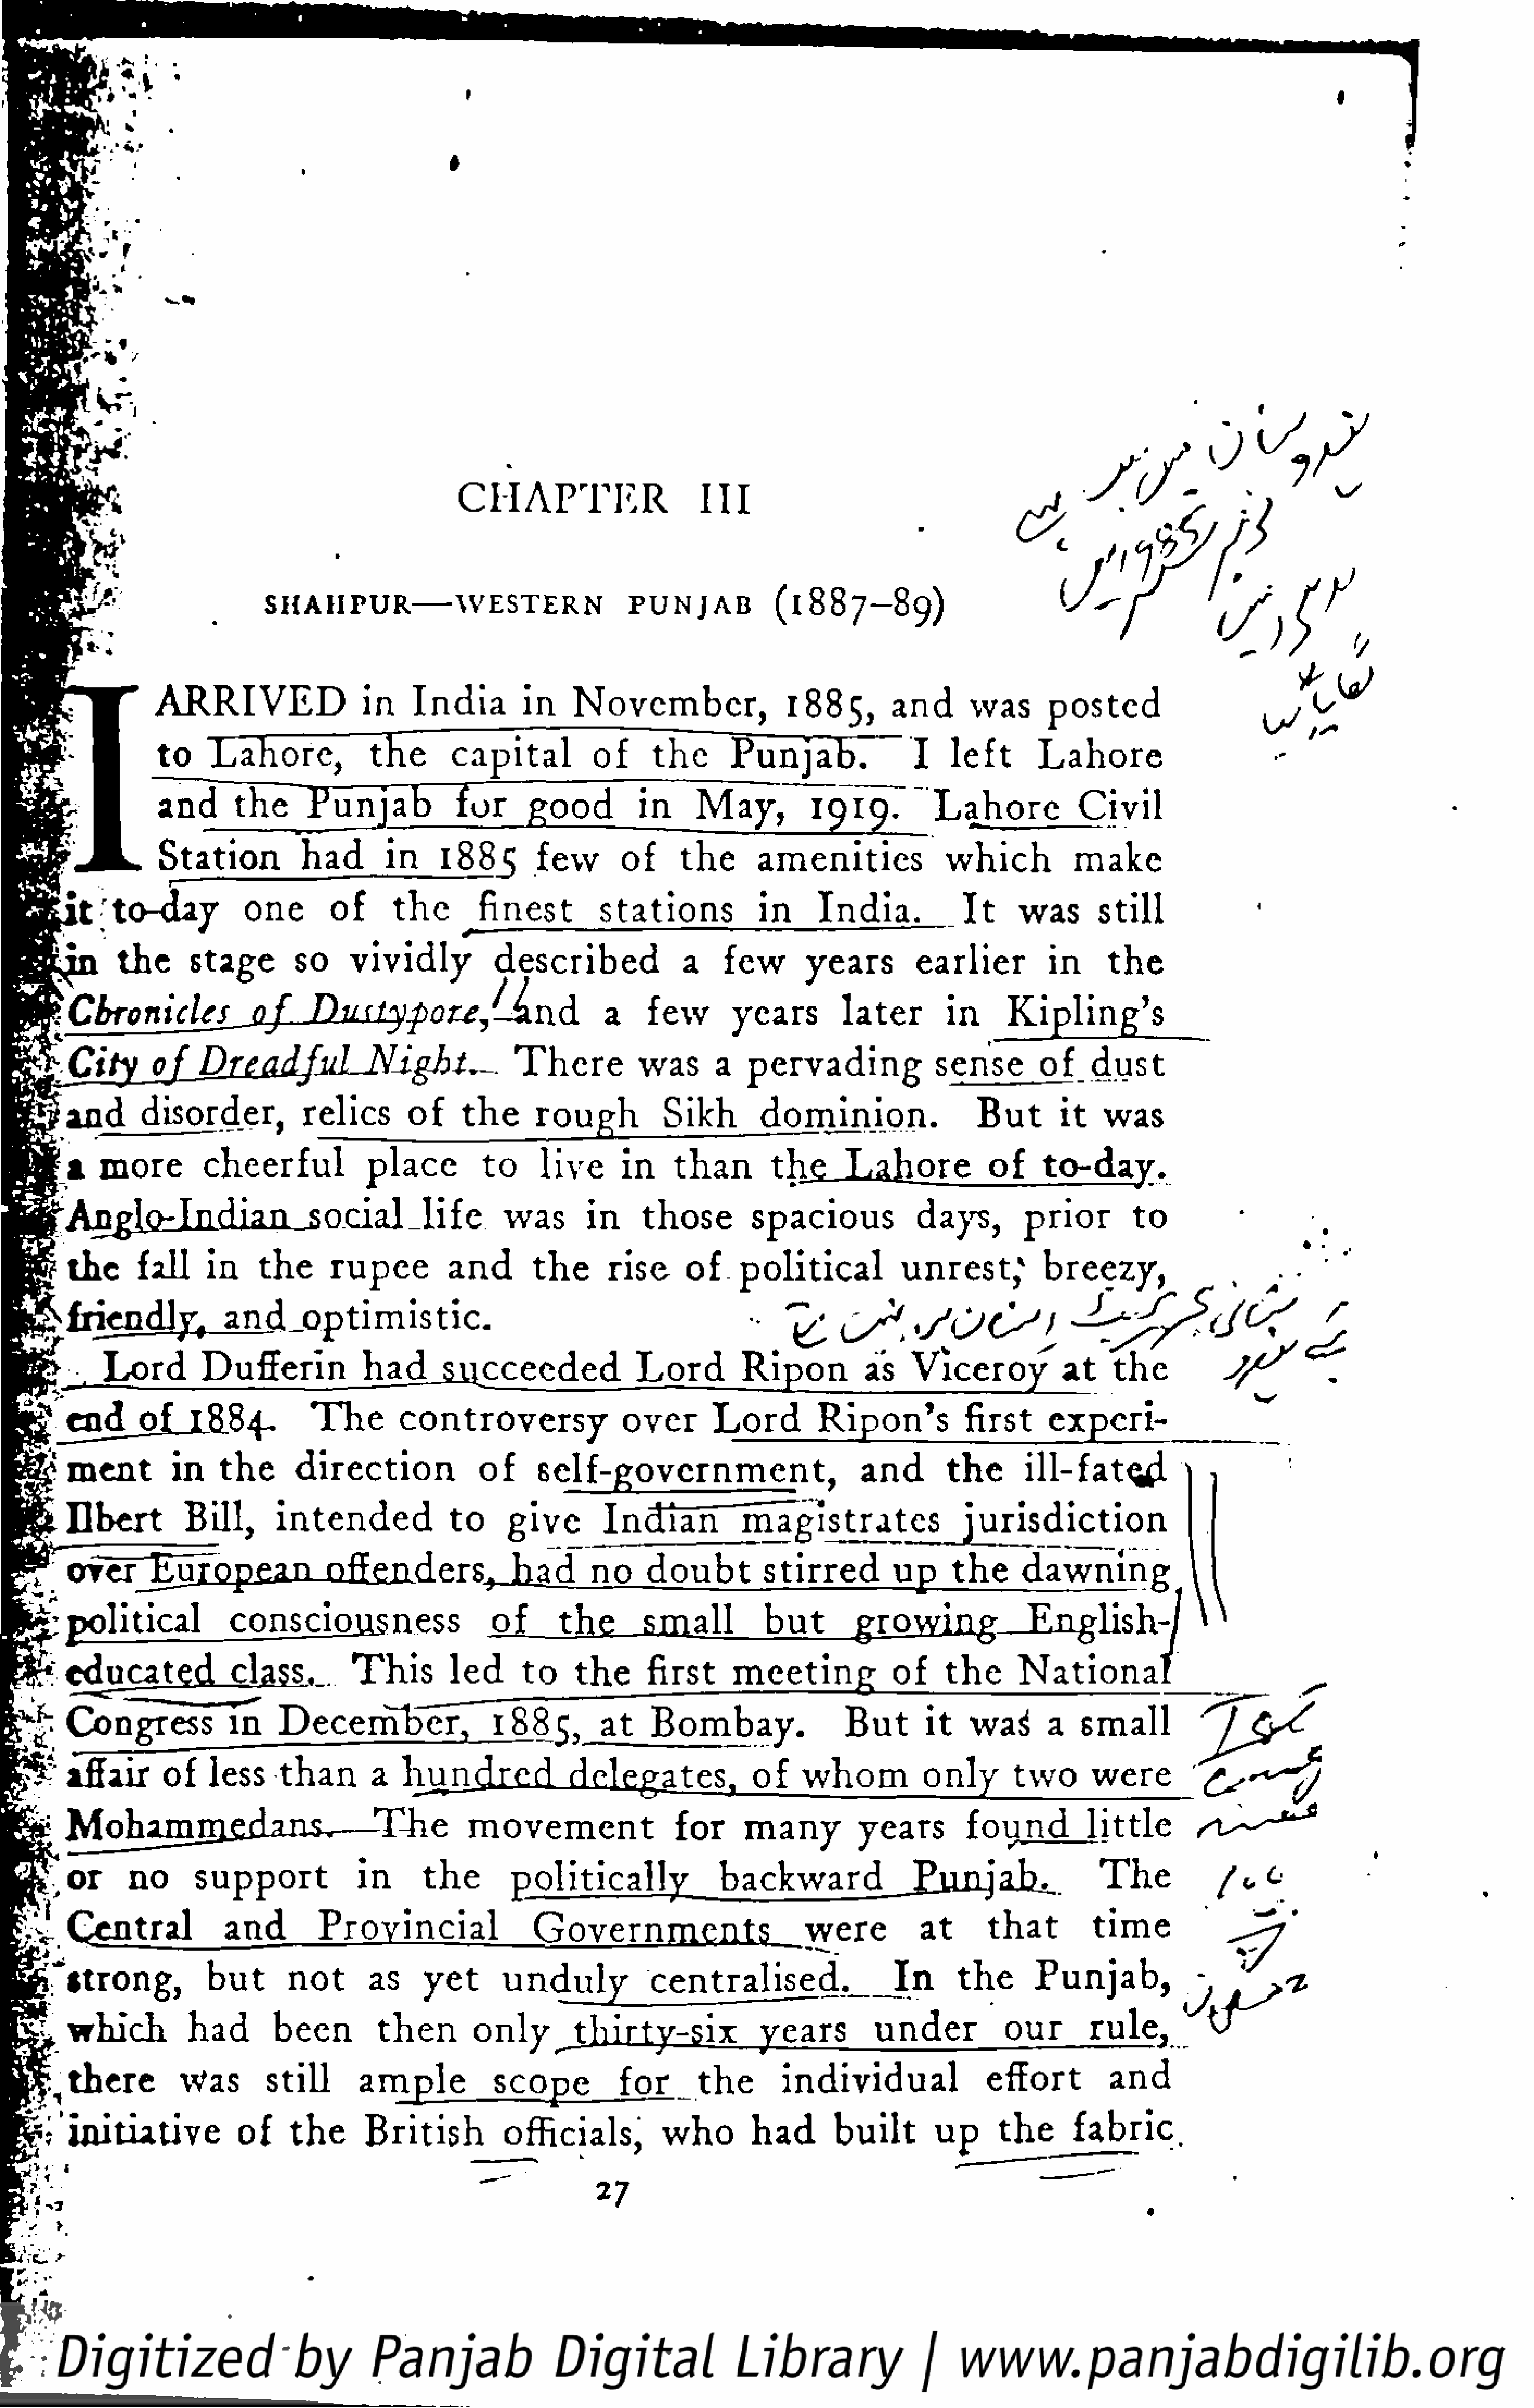
WESTERN               PUNJAB             ( 1 8  8  7 - 8  9)
 ARRIVED                  in     India        in     November,                 1885,         and      was        posted
 to    Lahore,             the       capital           of      the      Punjab.                I    left       Lahore
 and       theHPunjab                  fur      good         in      May,          1919.          Lahore             Civil
 Station           had       in     188      5   few        of     the       amenities              which           make
 it    to-day          one        of      the        finest         stations            in     India.            It     was       still
 the      stage        so     vividly           described               a    few       years         earlier          in      the
 \Cbfon\des_j\j                   DiLrtyfott/jLnd.                      a    few        years         later       in      Kipling's
 DjjjldJ.ul            Night,            T   h e  re    was       a   pervading               sense        of     dust
 land       disorder,           relics        of    the      rough           Sikh         dominion.                  But       it   was
 1   more         cheerful             place         to     live      in     than        the_JLajiore               of      to-day.
 9*
 An^lo-Indian                  social        life      was        in     those        spacious             days,         prior        to
 the     fall     in    the      rupee          and       the       rise     of     political           unrest;           breezy,
 W          r
 friendly,           and       optimistic.                                                  7>     ^            s/OC^f
 .  Lord         Dufferin            had      succeeded                Lord         Ripon          as    Viceroy            at     the
 **
 end       o       584.         T   he     controversy                 over       Lord         Ripon's           first      experi-
 |  ment         in    the      direction              of      self-government,                        and        the       ill-fate^.
 Dbert          Bill,       intended             to     give        Indian         J^agijrtrates                  jurisdiction
 *;'   nrrfr_Rnropf,an                  offenders,             had       no     doubt         stirred         up      the     dawning              \  .
 ^political                consciousness                    of      the        small          but        growing               F.nglish-f           \^
 educated             class.         This        led      to     the      first     meeting             of     the      National
 *:    Congress            in    December7"i88i;,                         at    Bombay.                 But       it    was"      a   small               H&^
 '•  affair       of    less     than       a   hundred              delegates,             of    whom           only        two      were               'Cy^j
 \   Mojiirnjriejiaiis,—The                             movement                  for     many          years         found          little
 or      no      support              in      the       politically                backward              __BmLiaJb^_.              T   he       /<,&
 Central             and         Provincial                 Governments                       were          at       that        time                 J^'
 •trong,          but       not       as     yet       unduly            centralised,.                  In     the       Punjab,             -       '<z
 which           had       been         then        only^_t                    -six      years          unddeerr        oouurr    rruu le,       t>
 |jthere         Was         still      ample            scope           for       the       individual                effort          and
 initiative           of     the      British          officials,          who        had        built       up      thejiabric.
 27
 -